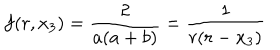
LaTeX: f ( r , x _ { 3 } ) = \frac 2 { a ( a + b ) } = \frac 1 { r ( r - x _ { 3 } ) }